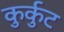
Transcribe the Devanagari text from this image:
कुर्कुट